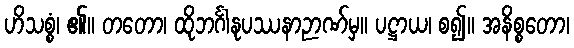
ဟိသစ္စံ၊ ၏။ တတော၊ ထိုဘင်္ဂါနုပဿနာဉာဏ်မှ။ ပဋ္ဌာယ၊ စ၍။ အနိစ္စတော၊